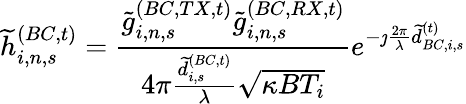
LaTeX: \widetilde{h}_{i,n,s}^{(BC,t)}=\frac{\widetilde{g}_{i,n,s}^{(BC,TX,t)}\widetilde{g}_{i,n,s}^{(BC,RX,t)}}{4\pi\frac{\widetilde{d}_{i,s}^{(BC,t)}}{\lambda}\sqrt{\kappa BT_{i}}}e^{-\jmath\frac{2\pi}{\lambda}\widetilde{d}_{BC,i,s}^{(t)}}